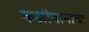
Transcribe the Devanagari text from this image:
कक्षीवानाचा